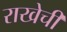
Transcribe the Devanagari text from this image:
राखेची